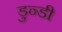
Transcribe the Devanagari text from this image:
डुन्डी